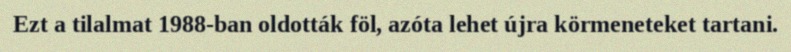
Ezt a tilalmat 1988-ban oldották föl, azóta lehet újra körmeneteket tartani.